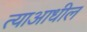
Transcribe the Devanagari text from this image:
त्याआधील